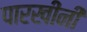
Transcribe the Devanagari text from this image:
पारखींनी